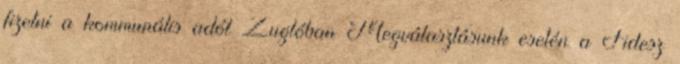
fizetni a kommunális adót Zuglóban Megválasztásunk esetén a Fidesz